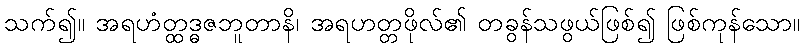
သက်၍။ အရဟံတ္ထဒ္ဓဇဘူတာနိ၊ အရဟတ္တဖိုလ်၏ တခွန်သဖွယ်ဖြစ်၍ ဖြစ်ကုန်သော။